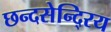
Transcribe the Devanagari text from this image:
छन्दसेन्दि्रय